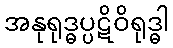
အနုရုဒ္ဓပ္ပဋိဝိရုဒ္ဓါ